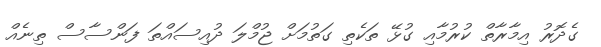
ގެދޮރު އިމާރާތް ކުރުމާއި ގުޅޭ ތަކެތި ގަތުމަށް ޖުމްލަ ދުއިސައްތަ ފަންސާސް ތިނެއް